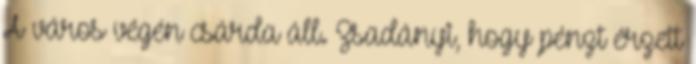
A város végén csárda áll. Zsadányi, hogy pénzt érzett